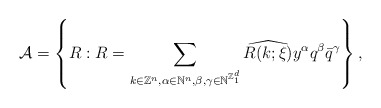
\begin{align*}\mathcal{A}=\left\{R:R=\sum_{k\in\mathbb{Z}^n,\alpha\in\mathbb{N}^n,\beta,\gamma\in\mathbb{N}^{\mathbb{Z}_1^d}}\widehat{R(k;\xi)}y^{\alpha}q^{\beta}\bar q^{\gamma}\right\},\end{align*}